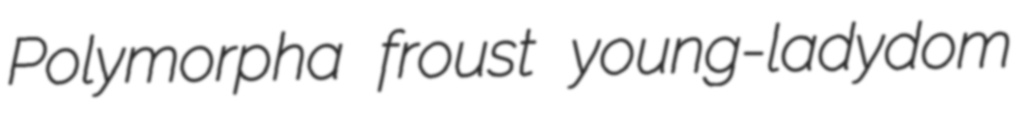
Polymorpha froust young-ladydom